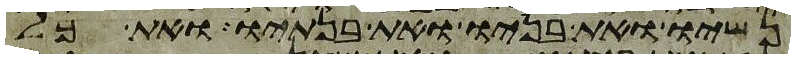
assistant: נשיו ואת בניו ואת בנתיו ואת כל